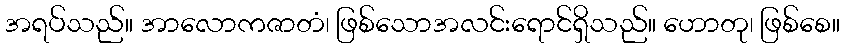
အရပ်သည်။ အာလောကဇာတံ၊ ဖြစ်သောအလင်းရောင်ရှိသည်။ ဟောတု၊ ဖြစ်စေ။